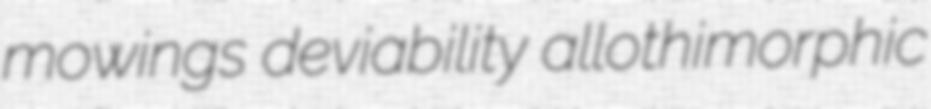
mowings deviability allothimorphic